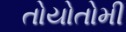
તોયોતોમી